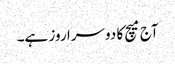
آج میچ کا دوسرا روز ہے۔